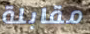
مقابلة